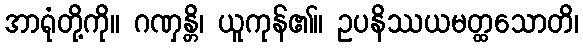
အာရုံတို့ကို။ ဂဏှန္တိ၊ ယူကုန်၏။ ဥပနိဿယမတ္ထသောတိ၊